Indian Medical Review
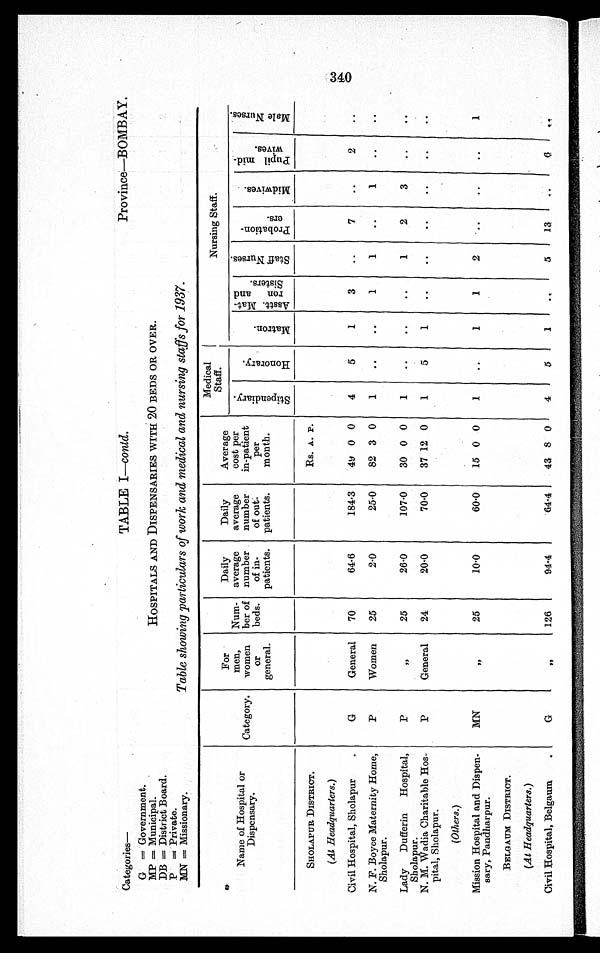
Categories—
TABLE I—contd.
Province—BOMBAY.
G = Government.
MP = Municipal.
HOSPITALS AND DISPENSARIES WITH 20 BEDS OR OVER.
DB = District Board.
P = Private..
MN = Missionary.
Table showing particulars of work and medical and nursing staffs for 1937.
Name of Ho
s p i t a l o r
D i s p e n s a r y .
Category.
For
men,
women
o r
general.
Num-
ber of
beds.
Daily
average
number
of in-
patients.
Daily
average
number
of out-
patients.
Average
cost per
in-patient
per
month.
Medical
Staff.
Nursing Staff.
S t i p e n d i a r y .
H o n o r a r y .
M a t r o n .
A s s t t . M a t -
r o n a n d
S i s t e r s .
S t a f f N u r s e s .
P r o b a t i o n -
e r s .
M i d w i v e s .
P u p i l m i d -
w i v e s .
M a l e N u r s e s .
SHOLAPUR DISTRICT.
Rs. A . P .
(At Headquarters.)
Civil Hospital, Sholapur
G
General
70
64.6
184·3
49 0 0
4
5
1
3
..
7
..
2
..
N. F. Boyce Maternity Home,
Sholapur.
P
Women
25
2·0
25·0
82 3 0
1
..
..
1
1
..
1
..
..
Lady Dufferin Hospital,
Sholapur.
P
, , 25
26·0
107·0
30 0 0
1
..
..
..
1
2
3
. .
. .
N. M. Wadia Charitable Hos-
pital, Sholapur.
P
General
24
20·0
70·0
37 12 0
1
5
1
. .
. .
. .
. .
. .
. .
(Others.)
Mission Hospital and Dispen-
sary, Pandharpur.
MN
, ,
25
10·0
60·0
15 0 0
1
..
1
1
2
. . ..
..
1
BELGAUM DISTRICT.
(At Headquarters.)
Civil Hospital, Belgaum
G
, , 126
94·4
64·4
43 8 0
4
5
1
. .
5
13
..
6
. .
3 4 0